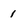
Character: 1